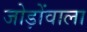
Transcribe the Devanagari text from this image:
जोड़ोंवाला